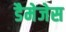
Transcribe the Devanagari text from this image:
डैमेजेस